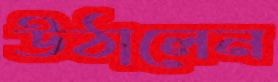
উঠালেন